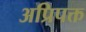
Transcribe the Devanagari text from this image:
अप्रिपक्त